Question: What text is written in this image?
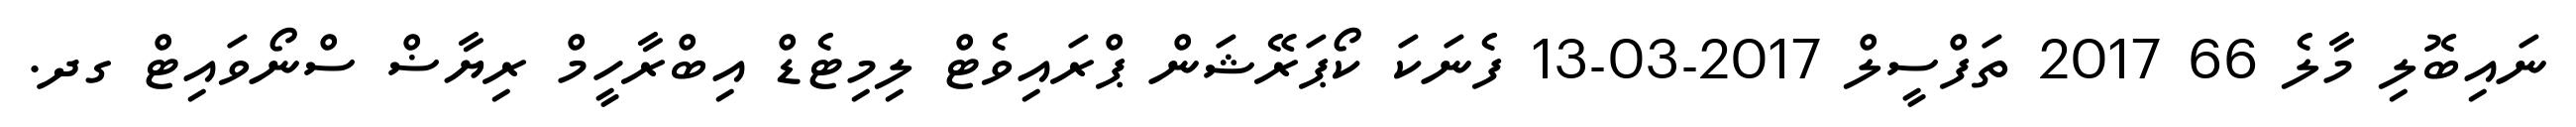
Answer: ނައިބޮލި މާލެ 66 2017 ތަފްސީލް 2017-03-13 ފެނަކަ ކޯޕަރޭޝަން ޕްރައިވެޓް ލިމިޓެޑް އިބްރާހީމް ރިޔާޟް ސްނޯވައިޓް ގދ.